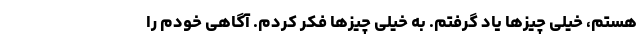
هستم، خیلی چیزها یاد گرفتم. به خیلی چیزها فکر کردم. آگاهی خودم را